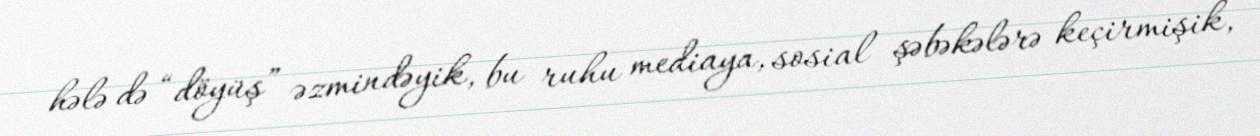
hələ də “döyüş” əzmindəyik, bu ruhu mediaya, sosial şəbəkələrə keçirmişik,